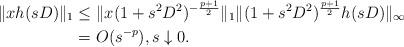
LaTeX: \begin{align*} \|xh(sD)\|_1 &\leq \|x(1+s^2D^2)^{-\frac{p+1}{2}}\|_1\|(1+s^2D^2)^{\frac{p+1}{2}}h(sD)\|_\infty\\ &= O(s^{-p}),s\downarrow 0. \end{align*}